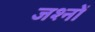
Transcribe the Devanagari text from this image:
जश्नों